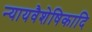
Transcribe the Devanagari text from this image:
न्यायवैशेषिकादि